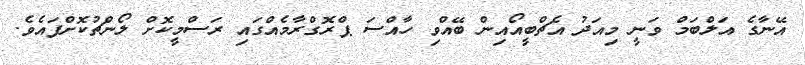
އޭނާގެ އަލްބަމް ވަނީ މިއަދު އެޗްބީއޯއިން ބޭއްވި ހާއްސަ ޕްރޮގްރާމެއްގައި ރަސްމީކޮށް ލޯންޗުކޮށްފައެެވެ.